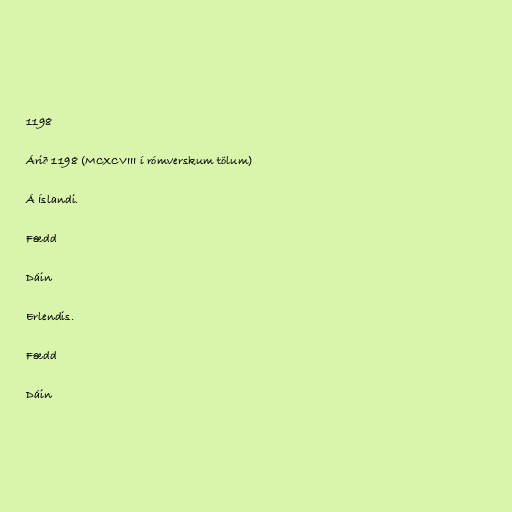
1198

Árið 1198 (MCXCVIII í rómverskum tölum)

Á Íslandi.

Fædd

Dáin

Erlendis.

Fædd

Dáin